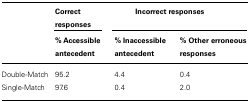
<table><thead><tr><td></td><td></td><td><b>Correct responses</b></td><td colspan="2"><b>Incorrect responses</b></td></tr><tr><td></td><td></td><td><b>% Accessible antecedent</b></td><td><b>% Inaccessible antecedent</b></td><td><b>% Other erroneous responses</b></td></tr></thead><tbody><tr><td colspan="2">Double-Match</td><td>95.2</td><td>4.4</td><td>0.4</td></tr><tr><td colspan="2">Single-Match</td><td>97.6</td><td>0.4</td><td>2.0</td></tr></tbody></table>